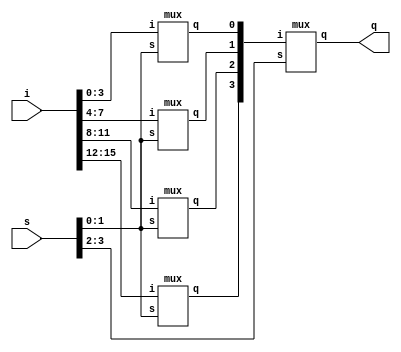
module muxer(q, s, i);        //16 to 1 using 4 to 1
  input [15:0]i;
  input [3:0]s;
  output q;
  wire [3:0]a;
  mux a1(a[0], s[1:0] ,i[3:0]);
  mux a2(a[1], s[1:0] ,i[7:4]);
  mux a3(a[2], s[1:0] ,i[11:8]);
  mux a4(a[3], s[1:0] ,i[15:12]);
  mux a5(q, s[3:2], a);
endmodule


module mux(q, s, i);       //4 to 1 mux
  input [3:0]i;
  input [1:0]s;
  output q;
  assign q = i[s];
endmodule